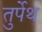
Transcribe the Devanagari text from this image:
तुर्पेथ